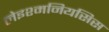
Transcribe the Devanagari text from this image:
लेइश्मनियसिस